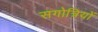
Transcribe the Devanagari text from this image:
सगोत्रियों